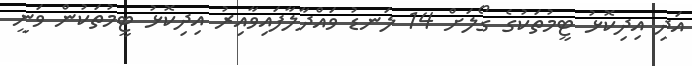
އަދި އިދިކޮޅު ޓީމުތަކުގެ ގޯލަށް 14 ލަނޑު ވައްދާލާފައިވާއިރު އިދިކޮޅު ޓީމުތަކުން ވަނީ